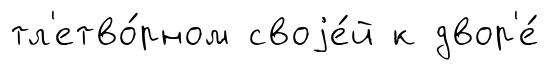
тл'етво́рном своjе́й к двор'е́